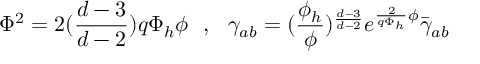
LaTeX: \Phi ^ { 2 } = 2 ( { \frac { d - 3 } { d - 2 } } ) q \Phi _ { h } \phi ~ ~ , ~ ~ \gamma _ { a b } = ( { \frac { \phi _ { h } } { \phi } } ) ^ { \frac { d - 3 } { d - 2 } } e ^ { { \frac { 2 } { q \Phi _ { h } } } \phi } \bar { \gamma } _ { a b } ~ ~